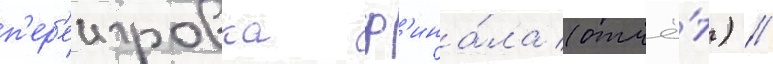
п'ер'еигровка ф'ина́ла (отчё́т) //